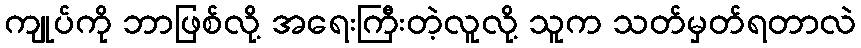
ကျုပ်ကို ဘာဖြစ်လို့ အရေးကြီးတဲ့လူလို့ သူက သတ်မှတ်ရတာလဲ